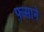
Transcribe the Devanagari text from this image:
फ़साने